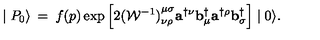
\mid { P } _ { 0 } \rangle \: = \: f ( p ) \exp \left[ 2 { ( { \cal W } ^ { - 1 } ) } _ { \nu \rho } ^ { \mu \sigma } { \mathbf a } ^ { \dagger \nu } { \mathbf b } _ { \mu } ^ { \dagger } { \mathbf a } ^ { \dagger \rho } { \mathbf b } _ { \sigma } ^ { \dagger } \right] \mid 0 \rangle .